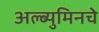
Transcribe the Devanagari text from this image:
अल्ब्युमिनचे